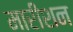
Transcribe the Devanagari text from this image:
मारीशन